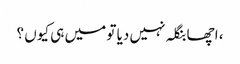
، اچھا بنگلہ نہیں دیا تو میں ہی کیوں ؟